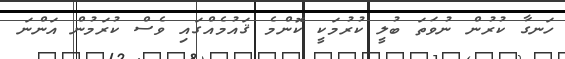
ހަނގާ ކުރުން ނުވަތަ ބުލީ ކުރުމަކީ ކޮންމެ ޤައުމެއްގައި ވެސް ކުރަމުން އަންނަ